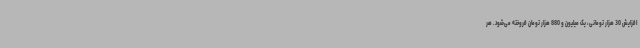
افزایش 30 هزار تومانی، یک میلیون و 880 هزار تومان فروخته می‌شود. هر